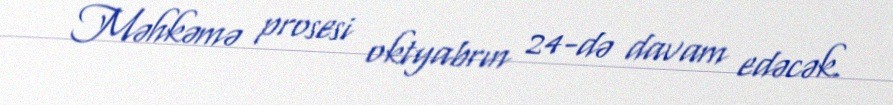
Məhkəmə prosesi oktyabrın 24-də davam edəcək.